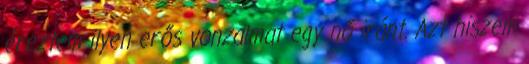
éreztem ilyen erős vonzalmat egy nő iránt. Azt hiszem